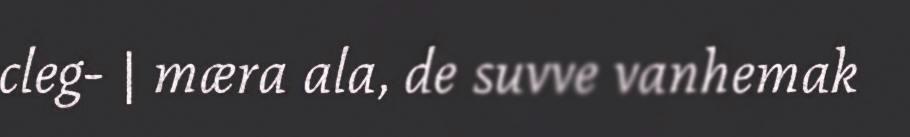
cleg- | mæra ala, de suvve vanhemak